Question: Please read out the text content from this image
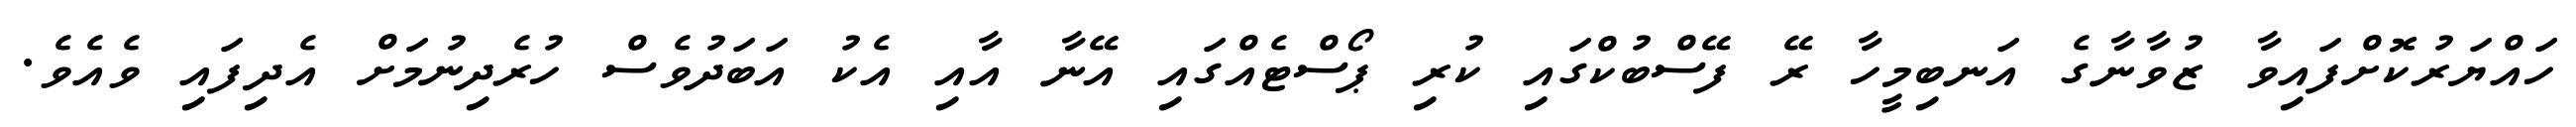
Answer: ހައްޔަރުކޮށްފައިވާ ޒުވާނާގެ އަނބިމީހާ ރޭ ފޭސްބުކްގައި ކުރި ޕޯސްޓެއްގައި އޭނާ އާއި އެކު އަބަދުވެސް ހުރެދިނުމަށް އެދިފައި ވެއެވެ.